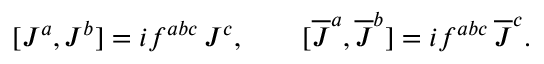
[ J ^ { a } , J ^ { b } ] = i f ^ { a b c } \, J ^ { c } , \qquad [ \overline { { { J } } } ^ { a } , \overline { { { J } } } ^ { b } ] = i f ^ { a b c } \, \overline { { { J } } } ^ { c } .